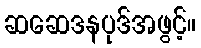
ဆဆေဒနပုဒ်အဖွင့်။